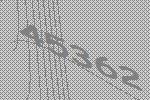
45362